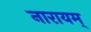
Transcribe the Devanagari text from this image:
नारायम्